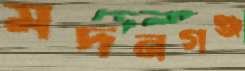
মদনগঞ্জ